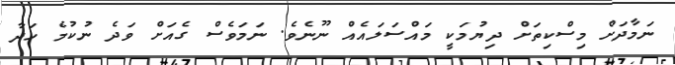
ނަމާދަށް މިސްކިތަށް ދިޔުމަކީ މައްސަލައެއް ނޫނެވެ. ނަމަވެސް ގެއަށް ވަދެ ނުކުމެ ހަދާ